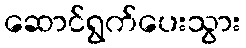
ဆောင်ရွက်ပေးသွား